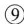
⑨